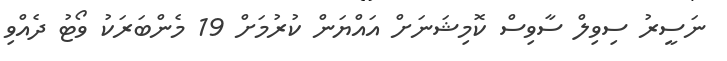
ނަސީރު ސިވިލް ސާވިސް ކޮމިޝަނަށް އައްޔަން ކުރުމަށް 19 މެންބަރަކު ވޯޓު ދެއްވި